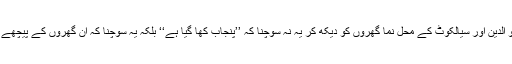
دوسرے صوبوں کے بہن بھائیوں سے عرض ہے کہ کبھی آپ گجرات، منڈی بہائو الدین اور سیالکوٹ کے محل نما گھروں کو دیکھ کر یہ نہ سوچنا کہ ’’پنجاب کھا گیا ہے‘‘ بلکہ یہ سوچنا کہ ان گھروں کے پیچھے وہ مزدوریاں ہیں جو پنجاب کے باسیوں نے یورپ، امریکہ اور کینیڈا میں کی ہیں۔